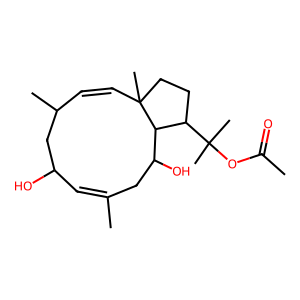
SMILES: CC(=O)OC(C)(C)C1CCC2(C)C=CC(C)CC(O)C=C(C)CC(O)C12
Inhibits HIV replication: No